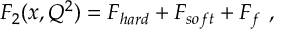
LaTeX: F _ { 2 } ( x , Q ^ { 2 } ) = F _ { h a r d } + F _ { s o f t } + F _ { f } \ ,